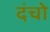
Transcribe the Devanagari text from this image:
दंचो